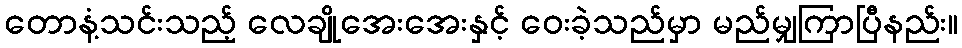
တောနံ့သင်းသည့် လေချိုအေးအေးနှင့် ဝေးခဲ့သည်မှာ မည်မျှကြာပြီနည်း။